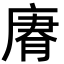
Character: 𢉼